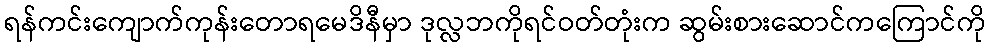
ရန်ကင်းကျောက်ကုန်းတောရမေဒိနီမှာ ဒုလ္လဘကိုရင်ဝတ်တုံးက ဆွမ်းစားဆောင်ကကြောင်ကို